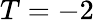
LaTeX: T=-2